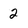
Character: 2